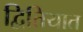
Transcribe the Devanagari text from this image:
द्वितियात